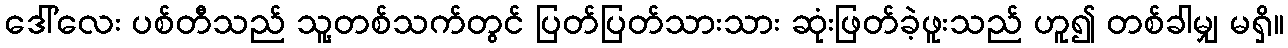
ဒေါ်လေး ပစ်တီသည် သူ့တစ်သက်တွင် ပြတ်ပြတ်သားသား ဆုံးဖြတ်ခဲ့ဖူးသည် ဟူ၍ တစ်ခါမျှ မရှိ။